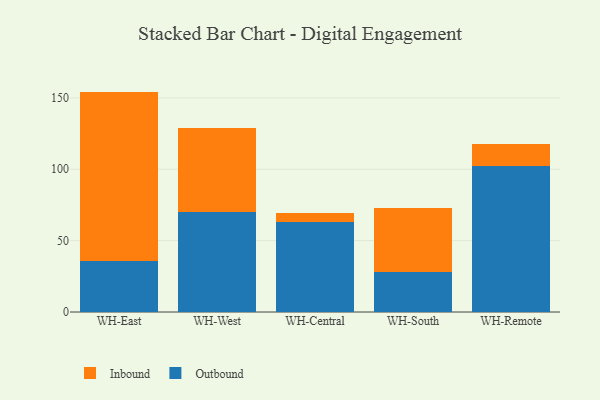
{"axis": {"x": "Warehouse", "y": "Demand Index"}, "legend": ["Inbound", "Outbound"], "data": [{"x": "WH-East", "y": 35.7, "type": "Outbound"}, {"x": "WH-East", "y": 118.7, "type": "Inbound"}, {"x": "WH-West", "y": 70.1, "type": "Outbound"}, {"x": "WH-West", "y": 58.5, "type": "Inbound"}, {"x": "WH-Central", "y": 63.4, "type": "Outbound"}, {"x": "WH-Central", "y": 6.2, "type": "Inbound"}, {"x": "WH-South", "y": 28.2, "type": "Outbound"}, {"x": "WH-South", "y": 44.6, "type": "Inbound"}, {"x": "WH-Remote", "y": 102.4, "type": "Outbound"}, {"x": "WH-Remote", "y": 15.1, "type": "Inbound"}]}